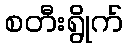
စတီးရွိုက်